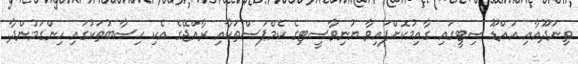
ތިނަދޫއާއި އައްޑޫ ސިޓީގައި ގާއިމުކޮށްފައިވާ ޔުނިވާސީޓިގެ ކެމްޕަސްތަކާއި ރާއްޖޭގެ އެކި ހިސާބުތަކުގައި ހިންގަމުންދާ